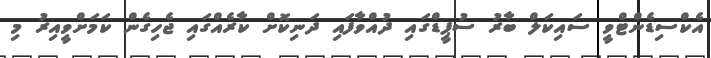
އެކްސިޑެންޓްވީ ސައިކަލް ބާރު ސުޕީޑްގައި ދުއްވާފައި ދަނިކޮށް ކާރެއްގައި ޖެހިގެން ކަމަށްވީއިރު މި